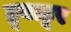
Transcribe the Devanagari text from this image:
ट्रूबाडूर